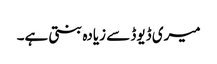
میری ڈیوڈ سے زیادہ بنتی ہے۔